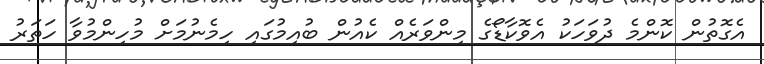
އެގޮތުން ކޮންމެ ދުވަހަކު އެވޮކާޑޯގެ މިންވަރެއް ކެއުން ބުއިމުގައި ހިމެނުމަށް މުހިންމުވާ ހަތަރު